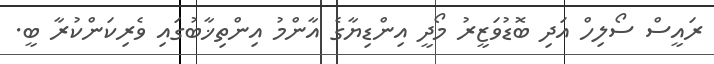
ރައީސް ސޯލިހް އަދި ބޮޑުވަޒީރު މޯދީ އިންޑިޔާގެ އާންމު އިންތިޚާބުގައި ވެރިކަންކުރާ ބީ.